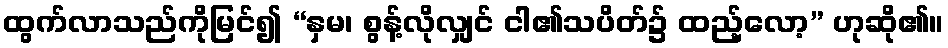
ထွက်လာသည်ကိုမြင်၍ “နှမ၊ စွန့်လိုလျှင် ငါ၏သပိတ်၌ ထည့်လော့” ဟုဆို၏။